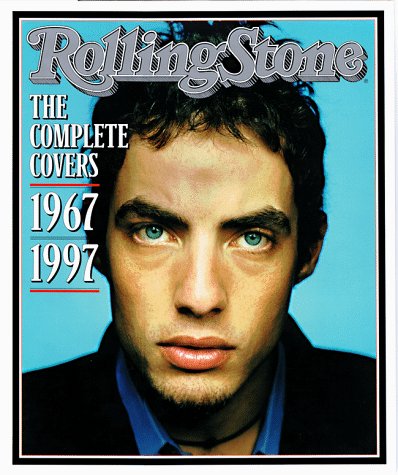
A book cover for Rolling Stone : The Complete Covers (Variable Cover); Humor & Entertainment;